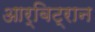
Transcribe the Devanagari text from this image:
आर्बिट्रान